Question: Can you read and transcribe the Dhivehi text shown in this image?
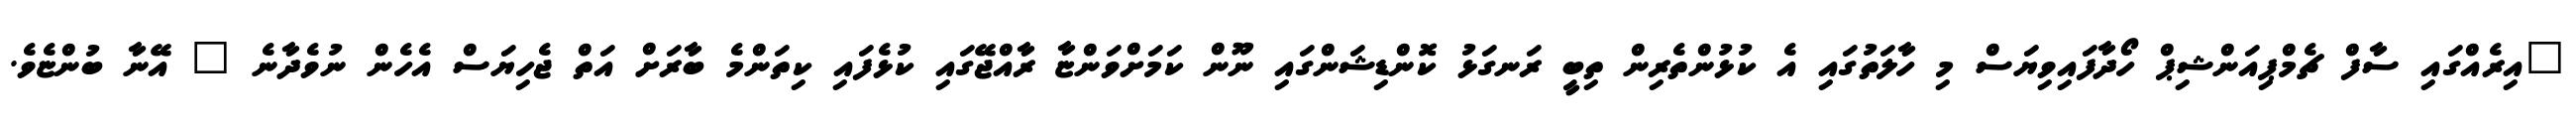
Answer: "އިރެއްގައި ސާފް ޗެމްޕިއަންޝިޕް ހޯދާފައިވިޔަސް މި ހާލަތުގައި އެ ކުޅުންތެރިން ތިބީ ރަނގަޅު ކޮންޑިޝަންގައި ނޫން ކަމަށްވަންޏާ ރާއްޖޭގައި ކުޅެފައި ކިތަންމެ ބާރަށް އަތް ޖެހިޔަސް އެހެން ނުވެދާނެ " އޭނާ ބުންޏެވެ.